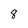
Character: 8